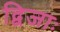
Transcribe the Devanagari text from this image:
द्विजाः